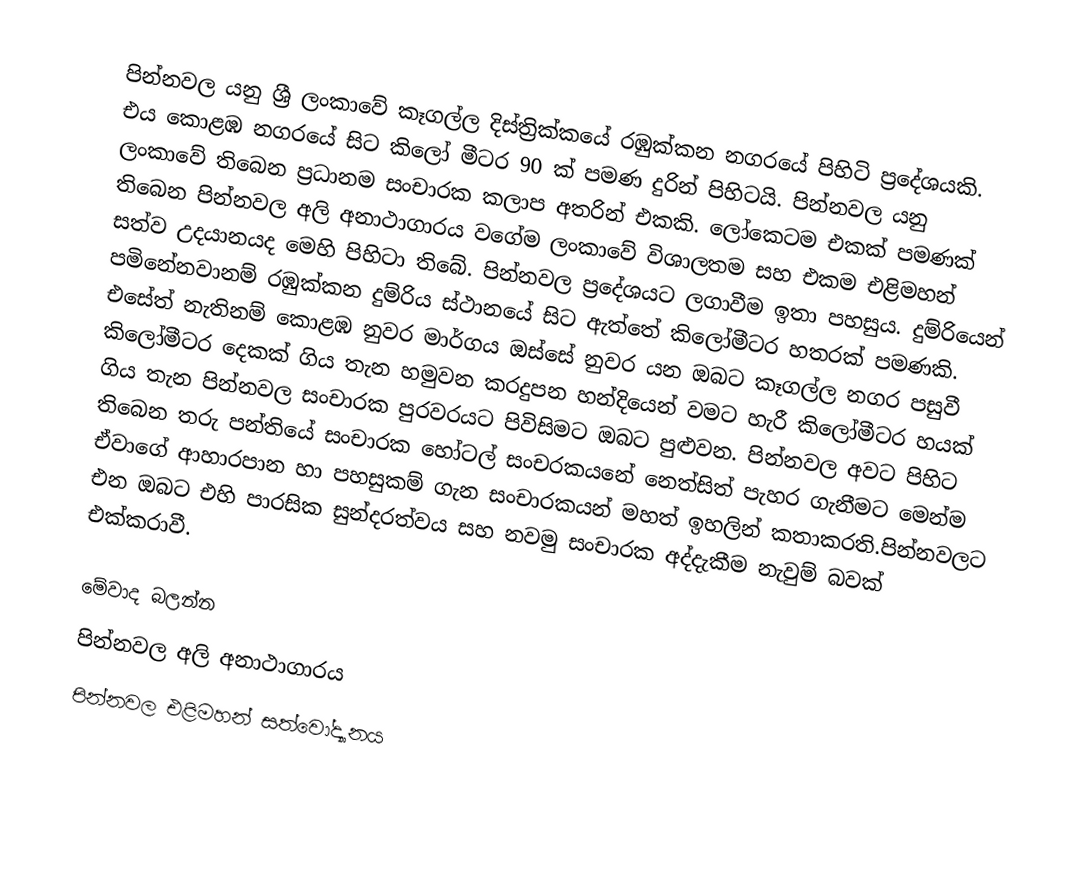
පින්නවල යනු ශ්‍රී ලංකාවේ කෑගල්ල දිස්ත්‍රික්කයේ රඹුක්කන නගරයේ පිහිටි ප්‍රදේශයකි. එය කොළඹ නගරයේ සිට කිලෝ මීටර 90 ක් පමණ දුරින් පිහිටයි. පින්නවල යනු ලංකාවේ තිබෙන ප්‍රධානම සංචාරක කලාප අතරින් එකකි. ලෝකෙටම එකක් පමණක් තිබෙන පින්නවල අලි අනාථාගාරය වගේම ලංකාවේ විශාලතම සහ එකම එළිමහන් සත්ව උදයානයද මෙහි පිහිටා තිබේ. පින්නවල ප්‍රදේශයට ලගාවීම ඉතා පහසුය. දුම්රියෙන් පමිනේනවානම් රඹුක්කන දුම්රිය ස්ථානයේ සිට ඇත්තේ කිලෝමීටර හතරක් පමණකි. එසේත් නැතිනම් කොළඹ නුවර මාර්ගය ඔස්සේ නුවර යන ඔබට කෑගල්ල නගර පසුවී කිලෝමීටර දෙකක් ගිය තැන හමුවන කරදුපන හන්දියෙන් වමට හැරී කිලෝමීටර හයක් ගිය තැන පින්නවල සංචාරක පුරවරයට පිවිසිමට ඔබට පුළුවන. පින්නවල අවට පිහිට තිබෙන තරු පන්තියේ සංචාරක හෝටල් සංචරකයනේ නෙත්සිත් පැහර ගැනීමට මෙන්ම ඒවාගේ ආහාරපාන හා පහසුකම් ගැන සංචාරකයන් මහත් ඉහලින් කතාකරති.පින්නවලට එන ඔබට එහි පාරසික සුන්දරත්වය සහ නවමු සංචාරක අද්දැකීම නැවුම් බවක් එක්කරාවී.

මේවාද බලන්න
පින්නවල අලි අනාථාගාරය
පින්නවල එළිමහන් සත්වෝද්‍යානය